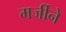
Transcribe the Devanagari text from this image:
मर्जीने